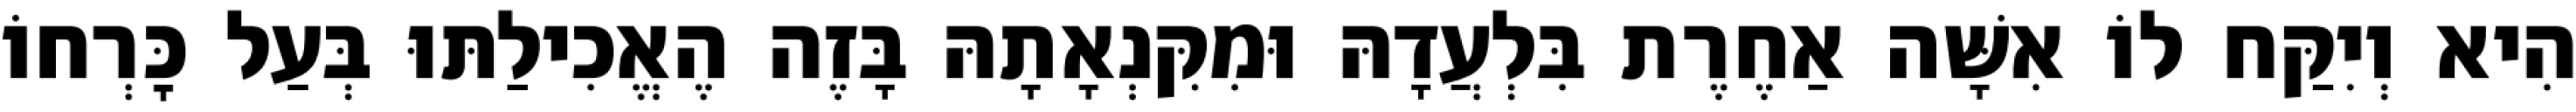
הִיא וְיִקַּח לוֹ אִשָּׁה אַחֶרֶת בִּלְעֲדָהּ וּמִקִּנְאָתָהּ בָּזֶה הֶאֱכִילַתּוּ בְּעַל כׇּרְחוֹ